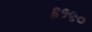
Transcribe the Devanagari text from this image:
६१५०